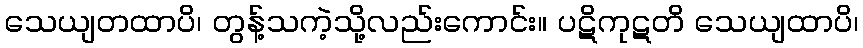
သေယျတထာပိ၊ တွန့်သကဲ့သို့လည်းကောင်း။ ပဋိကုဋတိ သေယျထာပိ၊